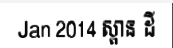
Jan 2014 ស្ពាន ដី